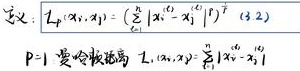
定义：
\[L_{p}(\boldsymbol{x}_{i}, \boldsymbol{x}_{j})=\left(\sum_{l = 1}^{n} \left|x_{i}^{(l)}-x_{j}^{(l)}\right|^{p}\right)^{\frac{1}{p}} \quad(3.2)\]
\(p = 1\)时为曼哈顿距离 \(L_{1}(\boldsymbol{x}_{i}, \boldsymbol{x}_{j})=\sum_{l = 1}^{n} \left|x_{i}^{(l)}-x_{j}^{(l)}\right|\)